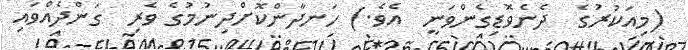
(މިއަކުރުގެ  ދެނެވޮޑިގެންވަނީ  އެވެ.) ހަނދާންކޮށްދިނުމުގެ ވެރި  ގަންދެއްވައި